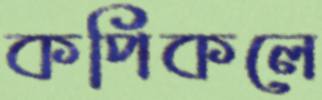
কপিকলে